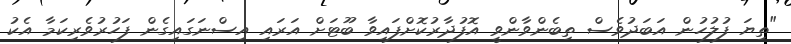
"ތިޔަ ފުލުހުން އަބަދުވެސް ތިބެންވާންވީ އޮފުދާރުކޮށްފައިވާ ބޫޓަށް އަރައި އިސްނަގައިގެން ފަހުރުވެރިކަމާ އެކު